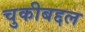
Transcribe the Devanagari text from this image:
चुकीबद्दल